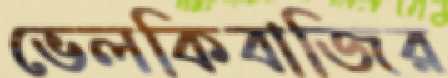
ভেলকিবাজির